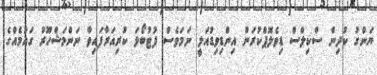
ޔަންގު ކުދިން ސްކިލްސް ޑިވެލޮޕްކުރަން އިންޑިވިޑުއަލީ ނަމަވެސް ފުޓުބޯޅަ ކުރިއަރާފައިވާ ނަންމަޝްހޫރު ގައުމެއްގެ